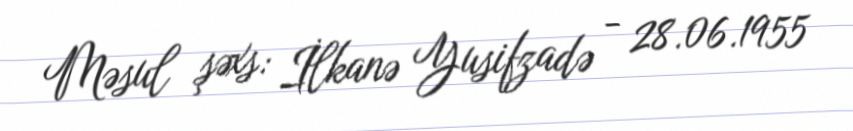
Məsul şəxs: İlkanə Yusifzadə - 28.06.1955